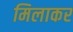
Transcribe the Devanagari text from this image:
मिलाकर